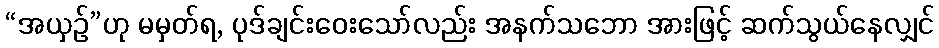
“အယှဉ်”ဟု မမှတ်ရ, ပုဒ်ချင်းဝေးသော်လည်း အနက်သဘော အားဖြင့် ဆက်သွယ်နေလျှင်